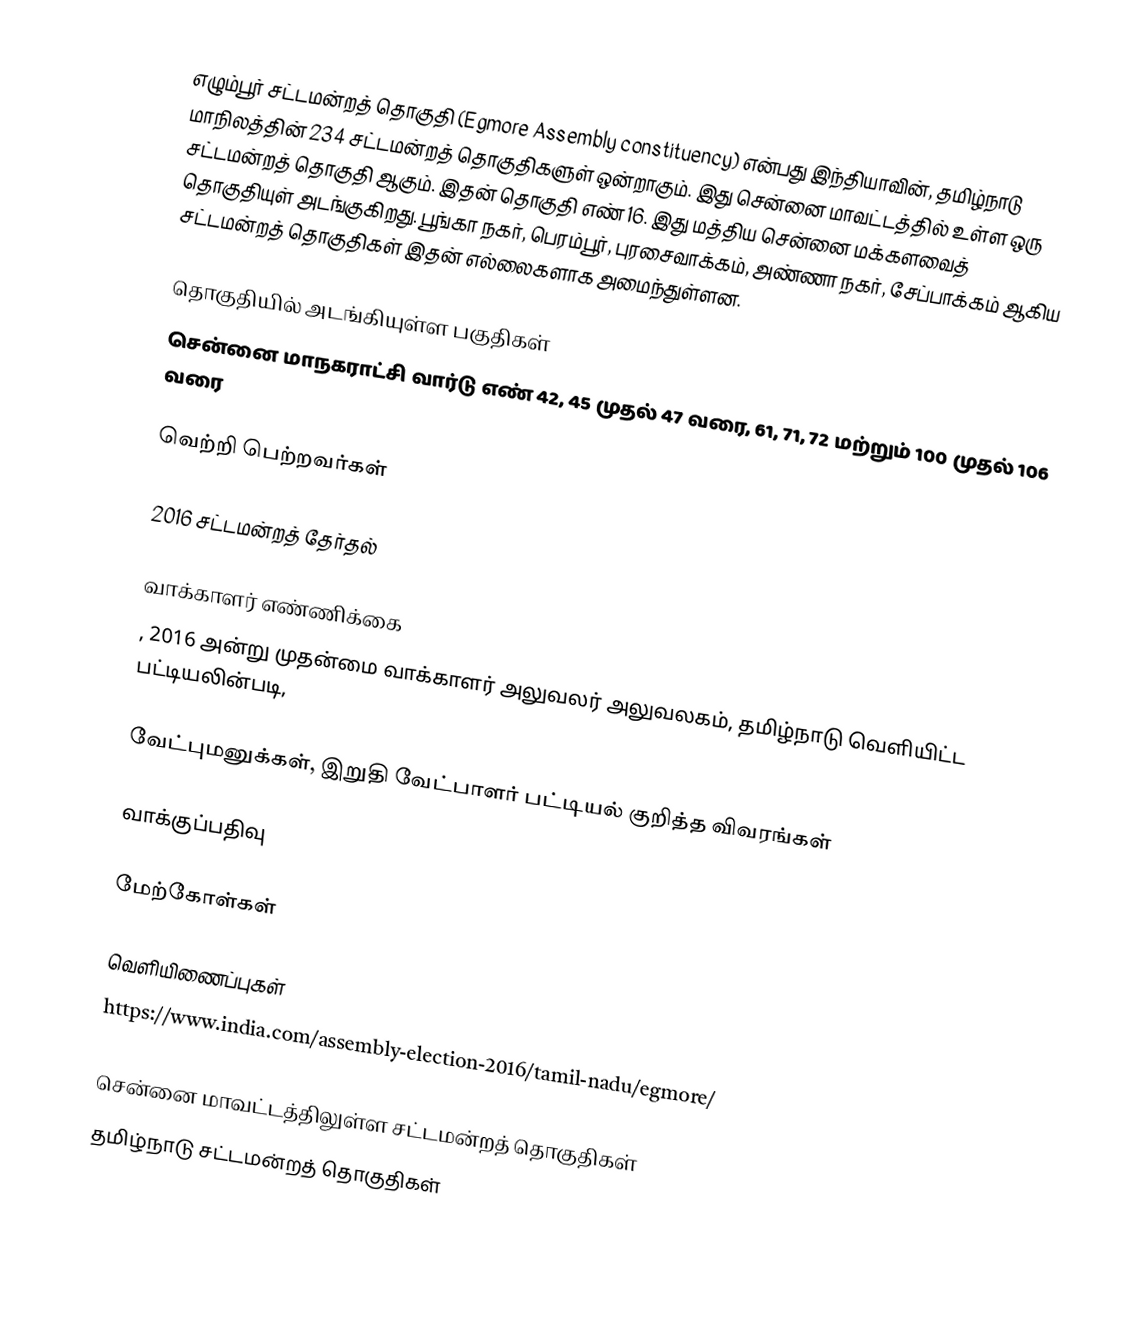
எழும்பூர் சட்டமன்றத் தொகுதி (Egmore Assembly constituency) என்பது இந்தியாவின், தமிழ்நாடு மாநிலத்தின் 234 சட்டமன்றத் தொகுதிகளுள் ஒன்றாகும். இது சென்னை மாவட்டத்தில் உள்ள ஒரு சட்டமன்றத் தொகுதி ஆகும். இதன் தொகுதி எண் 16. இது மத்திய சென்னை மக்களவைத் தொகுதியுள் அடங்குகிறது. பூங்கா நகர், பெரம்பூர், புரசைவாக்கம், அண்ணா நகர், சேப்பாக்கம் ஆகிய சட்டமன்றத் தொகுதிகள் இதன் எல்லைகளாக அமைந்துள்ளன.

தொகுதியில் அடங்கியுள்ள பகுதிகள்
சென்னை மாநகராட்சி வார்டு எண் 42, 45 முதல் 47 வரை, 61, 71, 72 மற்றும் 100 முதல் 106 வரை

வெற்றி பெற்றவர்கள்

2016 சட்டமன்றத் தேர்தல்

வாக்காளர் எண்ணிக்கை
, 2016 அன்று முதன்மை வாக்காளர் அலுவலர் அலுவலகம், தமிழ்நாடு வெளியிட்ட பட்டியலின்படி,

வேட்புமனுக்கள், இறுதி வேட்பாளர் பட்டியல் குறித்த விவரங்கள்

வாக்குப்பதிவு

மேற்கோள்கள்

வெளியிணைப்புகள்
https://www.india.com/assembly-election-2016/tamil-nadu/egmore/

சென்னை மாவட்டத்திலுள்ள சட்டமன்றத் தொகுதிகள்
தமிழ்நாடு சட்டமன்றத் தொகுதிகள்